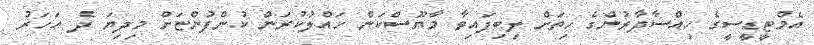
އެމްޓީޑީސީގެ ހިއްސާދާރުންގެ ހިތަށް ލިބިފައިވާ މާޔޫސްކަން ހައްލުކުރަން ކުންފުންޏަށް މިދިޔަ ދެ އަހަރު